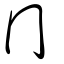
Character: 幂